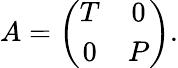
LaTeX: A=\left(\begin{array}{cc}{T}&{0}\\ {0}&{P}\end{array}\right).